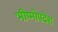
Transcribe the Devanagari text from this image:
भीष्मोपदेश